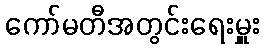
ကော်မတီအတွင်းရေးမှူး